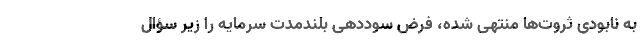
به نابودی ثروت‌ها منتهی شده، فرض سوددهی بلندمدت سرمایه را زیر سؤال